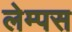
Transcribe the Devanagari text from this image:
लेम्पस